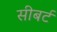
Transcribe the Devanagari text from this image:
सीबर्ट